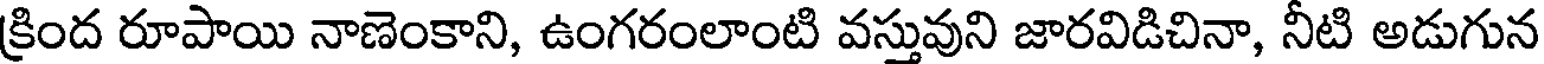
క్రింద రూపాయి నాణెంకాని, ఉంగరంలాంటి వస్తువుని జారవిడిచినా, నీటి అడుగున